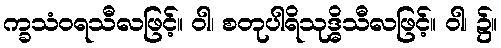
က္ခသံဝရသီလဖြင့်။ ဝါ၊ စတုပါရိသုဒ္ဓိသီလဖြင့်။ ဝါ၊ ၌။